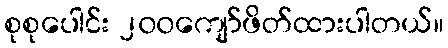
စုစုပေါင်း ၂၀၀ကျော်ဖိတ်ထားပါတယ်။